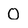
Character: O